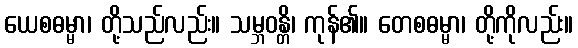
ယေစဓမ္မာ၊ တို့သည်လည်း။ သမ္ဘဝန္တိ၊ ကုန်၏။ တေစဓမ္မာ၊ တို့ကိုလည်း။